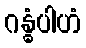
ဂန္ဓံပါဟံ